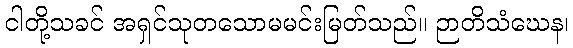
ငါတို့သခင် အရှင်သုတသောမမင်းမြတ်သည်။ ဉာတိသံဃေန၊